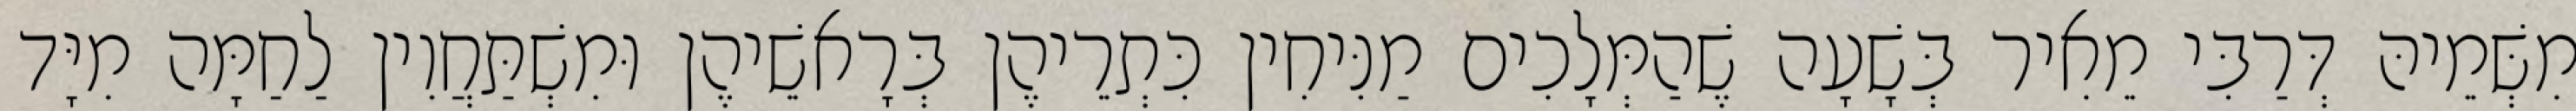
מִשְּׁמֵיהּ דְּרַבִּי מֵאִיר בְּשָׁעָה שֶׁהַמְּלָכִים מַנִּיחִין כִּתְרֵיהֶן בְּרָאשֵׁיהֶן וּמִשְׁתַּחֲוִין לַחַמָּה מִיָּד